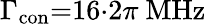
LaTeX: \Gamma_{\mathrm{con}}{=}16{\cdot}2\pi\ \mathrm{MHz}